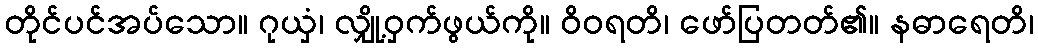
တိုင်ပင်အပ်သော။ ဂုယှံ၊ လျှို့ဝှက်ဖွယ်ကို။ ဝိဝရတိ၊ ဖော်ပြတတ်၏။ နဓာရေတိ၊